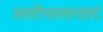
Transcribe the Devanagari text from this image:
असोयसत्तच्छदं